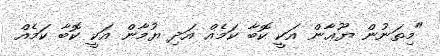
"މިތަނުން ޔޫޢާން އަކީ ކޮބާ ކަމެއް އަދި ޔުމާން އަކީ ކޮބާ ކަމެއް